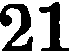
21